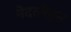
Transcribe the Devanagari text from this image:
नेदरलँड्‌स